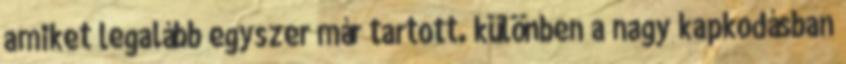
amiket legalább egyszer már tartott. különben a nagy kapkodásban